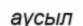
аусыл